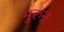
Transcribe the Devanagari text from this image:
मुरुन